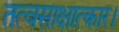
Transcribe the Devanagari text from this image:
तत्वसाक्षात्कार।